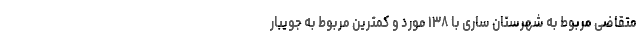
متقاضی مربوط به شهرستان ساری با ۱۳۸ مورد و کمترین مربوط به جویبار